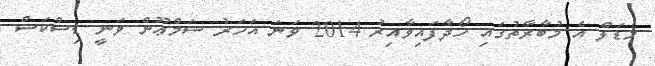
މެޑަލް އެ މުބާރާތުގައި ހޯދާފައިވާއިރު 2014 ވަނަ އަހަރު ޝަމްޢޫން ވަނީ ޑިސްކަސް